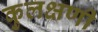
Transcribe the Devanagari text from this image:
कुलक्षणी